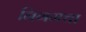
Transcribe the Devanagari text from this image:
निगमचा